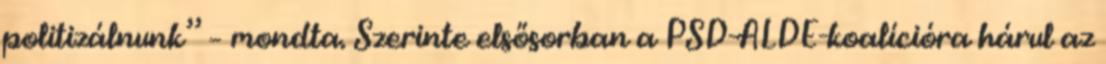
politizálnunk” – mondta. Szerinte elsősorban a PSD-ALDE-koalícióra hárul az